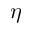
\eta